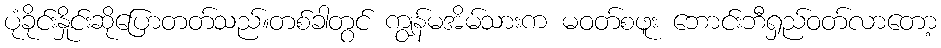
ပုံခိုင်းနှိုင်းဆိုပြောတတ်သည်။တစ်ခါတွင် ကျွန်မအိမ်သားက မဝတ်စဖူး ဘောင်းဘီရှည်ဝတ်လာတော့